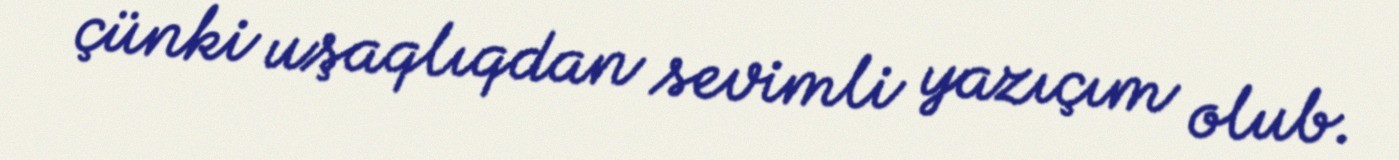
çünki uşaqlıqdan sevimli yazıçım olub.